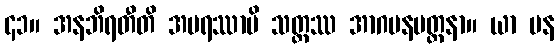
၄၁။ အနဘိရတီတိ အပရဿာပိ သတ္တဿ အာဂမနပတ္ထနာ။ ယာ ပန